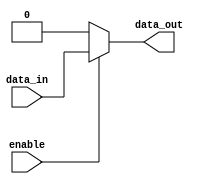
module buffer_with_enable (
    input  wire      data_in,
    input  wire      enable,
    output reg       data_out
);

always @ (*) begin
    if (enable) begin
        data_out = data_in;
    end
    else begin
        data_out = 1'b0; // You can change this to 1'b1 if needed
    end
end

endmodule